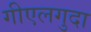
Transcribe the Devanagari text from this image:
गीएलगुदा